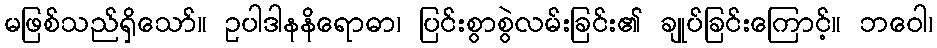
မဖြစ်သည်ရှိသော်။ ဥပါဒါနနိရောဓာ၊ ပြင်းစွာစွဲလမ်းခြင်း၏ ချုပ်ခြင်းကြောင့်။ ဘဝေါ၊